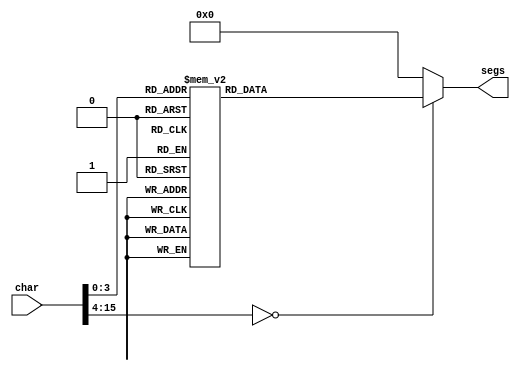
/*
   This file was generated automatically by Alchitry Labs version 1.2.7.
   Do not edit this file directly. Instead edit the original Lucid source.
   This is a temporary file and any changes made to it will be destroyed.
*/

module seven_seg_23 (
    input [15:0] char,
    output reg [6:0] segs
  );
  
  
  
  always @* begin
    
    case (char)
      1'h0: begin
        segs = 7'h3f;
      end
      1'h1: begin
        segs = 7'h30;
      end
      2'h2: begin
        segs = 7'h5b;
      end
      2'h3: begin
        segs = 7'h79;
      end
      3'h4: begin
        segs = 7'h74;
      end
      3'h5: begin
        segs = 7'h6d;
      end
      3'h6: begin
        segs = 7'h6f;
      end
      3'h7: begin
        segs = 7'h38;
      end
      4'h8: begin
        segs = 7'h7f;
      end
      4'h9: begin
        segs = 7'h7c;
      end
      default: begin
        segs = 7'h00;
      end
    endcase
  end
endmodule